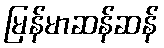
မြန်မာဆန်ဆန်